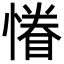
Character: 慻